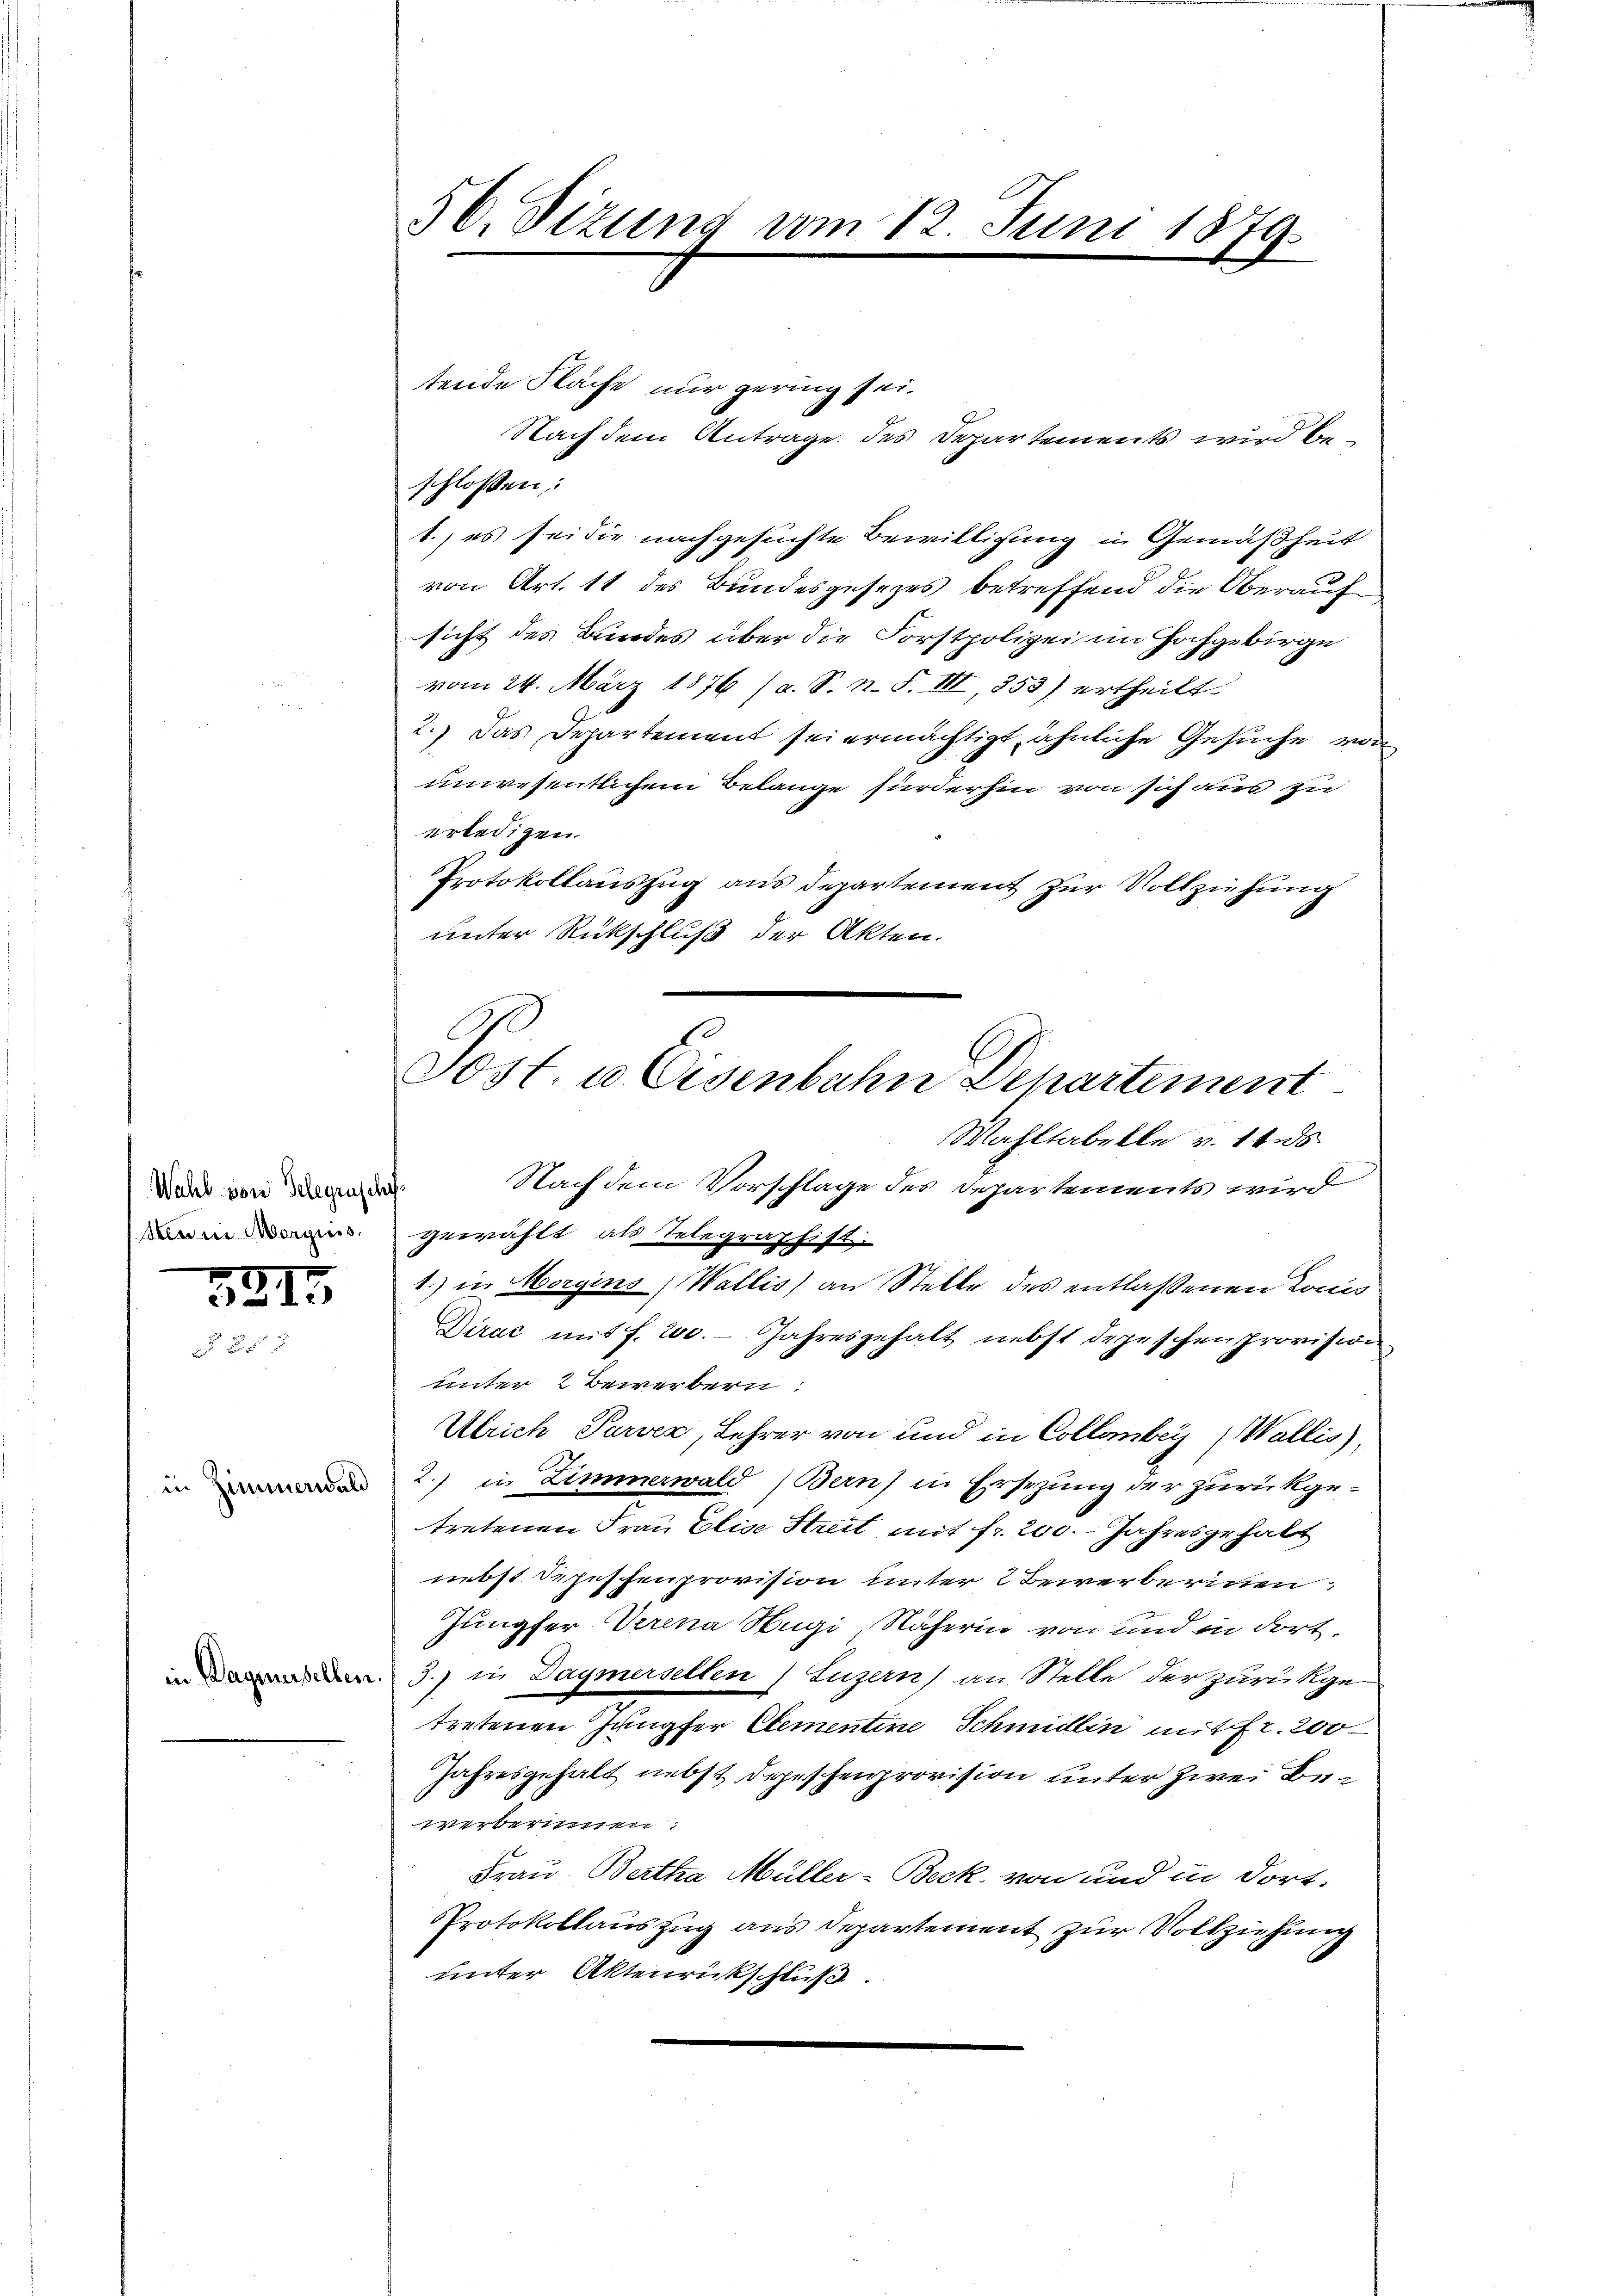
Wahl von Gelegraschaf¬

en

5213

50. Sizung vom 12. Juni 1879.

tende Fläche nur gering sei.
Nach dem Antrage des Departements wird beschlossen:
1., es sei die nachgesuchte Bewilligung in Gemäßheit
von Art. 11 des Bundesgesezes betreffend die Oberauf
sicht des Bundes über die Forstpolizei im Hochgebirge
vom 24. März 1876 (a. S. n. F. III, 853) ertheilt.
2.) Das Departement sei ermächtigt, ähnliche Gesuche von
unwesentlichem Belange fürderhin von sich aus zu
erledigen.
Protokollauszug aus Departement zur Vollziehung
unter Rückschluß der Akten.
Wahltabelle v. 14.ds
Nach dem Vorschlage des Departements wird
in gewählt als Telegraphist
1.) in Morgins, Wallis) an Stelle des entlassenen Louis
Dirac mit f. 200. Jahresgehalt nebst depeschen provision
unter 2 Bewerbern
Ulrich Parvex, Lehrer von und in Collerbey (Wallis),
 2.) in Zimmerwald (Bern) in Ersezung der zurükgetretenen Frau Elise Streit, mit fr. 200. - Jahresgehalt
nebst Depeschenprovision unter 2 Bewerberinen
Jungfer Verena Hugi Näherin von und in dort¬
3.) in Daymersellen (Luzern) an Stelle der zurükge
tretenen Jungfer Elementine Schmidlin mit fr. 200
Jahresgehalt nebst Depeschenprovision unter zwei Bewerberinnen:
Frau, Bertha Müller-Berk. von und in dort.
Protokollauszug aus Departement zur Vollziehung
unter Aktenrückschluß.

Post. u. Eisenbahn Departement